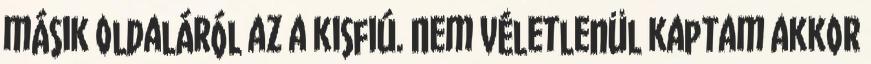
másik oldaláról az a kisfiú. Nem véletlenül kaptam akkor